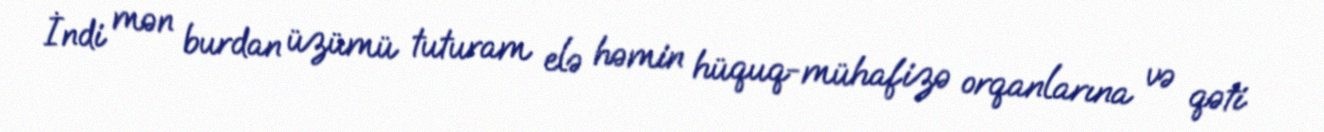
İndi mən burdan üzümü tuturam elə həmin hüquq-mühafizə orqanlarına və qəti